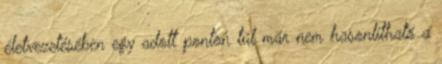
életvezetésében egy adott ponton túl már nem hasonlítható a